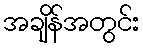
အချိန်အတွင်း